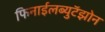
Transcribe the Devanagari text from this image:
फिनाईलब्युटॅझोन